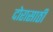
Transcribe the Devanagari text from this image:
दोरासाठी